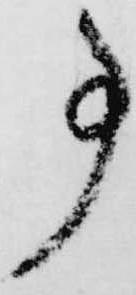
事